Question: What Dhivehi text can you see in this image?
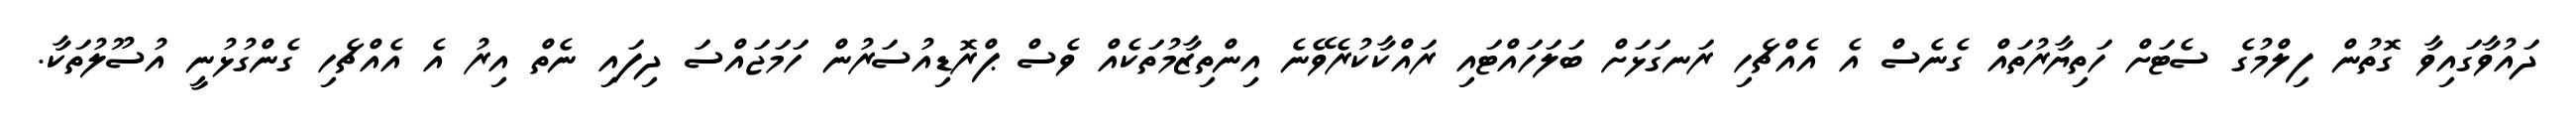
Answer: ދައުވާގައިވާ ގޮތުން ފިލްމުގެ ސެޓަށް ހަތިޔާރުތައް ގެނެސް އެ އެއްޗެހި ރަނގަޅަށް ބަލަހައްޓައި ރައްކާކުރެވޭނެ އިންތިޒާމުތަކެއް ވެސް ޕްރޮޑިއުސަރުން ހަމަޖައްސަ ދިފައި ނެތް އިރު އެ އެއްޗެހި ގެންގުޅުނީ އުސޫލުތަކާ.